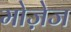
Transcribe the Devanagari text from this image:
मोज़ेज